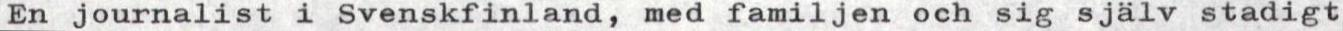
En journalist i Svenskfinland, med familjen och sig själv stadigt